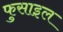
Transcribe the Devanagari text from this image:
फुसाइल